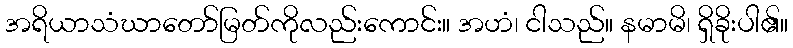
အရိယာသံဃာတော်မြတ်ကိုလည်းကောင်း။ အဟံ၊ ငါသည်။ နမာမိ၊ ရှိခိုးပါ၏။